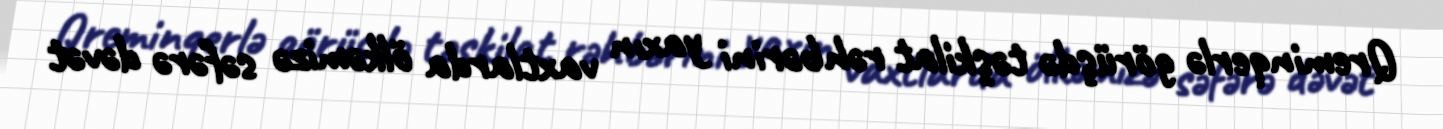
Qreminqerlə görüşdə təşkilat rəhbərini yaxın vaxtlarda ölkəmizə səfərə dəvət